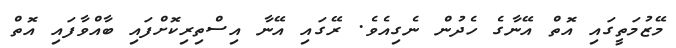
މޭޒުމަތީގައި އޮތް އޭނާގެ ހެދުން ނެގިއެވެ. ރޭގައި އޭނާ އިސްތިރިކޮށްފައި ބާއްވާފައި އޮތް